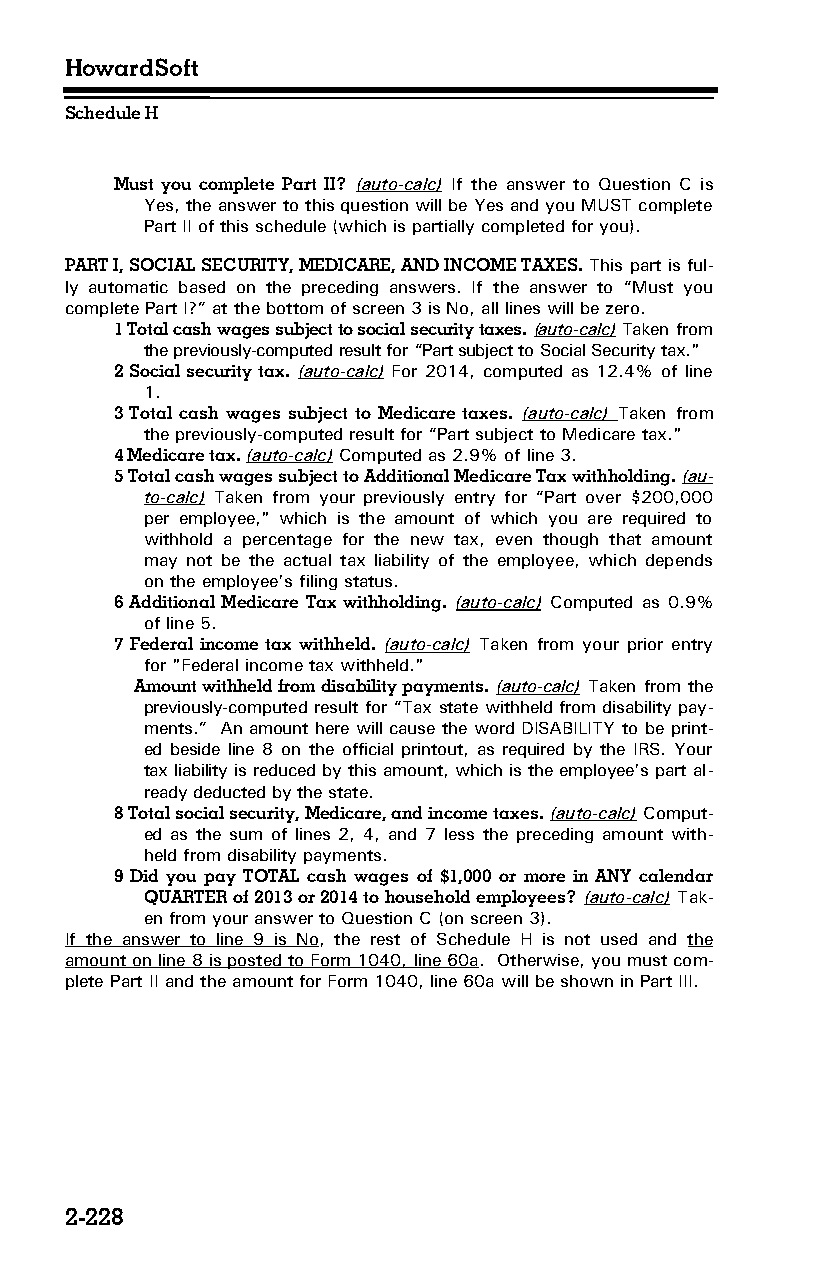
HowardSoft
 Schedule H
 Must you complete Part II? (auto-calc) If the answer to Question C is
 Yes, the answer to this question will be Yes and you MUST complete
 Part II of this schedule (which is partially completed for you).
 PART I, SOCIAL SECURITY, MEDICARE, AND INCOME TAXES. This part is ful­
 ly automatic based on the preceding answers. If the answer to “Must you
 complete Part I?” at the bottom of screen 3 is No, all lines will be zero.
 1 Total cash wages subject to social security taxes. (auto-calc) Taken from
 the previously-computed result for “Part subject to Social Security tax."
 2 Social security tax. (auto-calc) For 2014, computed as 12.4% of line
 1.
 3 Total cash wages subject to Medicare taxes. (auto-calc) Taken from
 the previously-computed result for “Part subject to Medicare tax."
 4 Medicare tax. (auto-calc) Computed as 2.9% of line 3.
 5 Total cash wages subject to Additional Medicare Tax withholding. (au­
 to-calc) Taken from your previously entry for “Part over $200,000
 per employee," which is the amount of which you are required to
 withhold a percentage for the new tax, even though that amount
 may not be the actual tax liability of the employee, which depends
 on the employee’s filing status.
 6 Additional Medicare Tax withholding. (auto-calc) Computed as 0.9%
 of line 5.
 7 Federal income tax withheld. (auto-calc) Taken from your prior entry
 for "Federal income tax withheld."
 Amount withheld from disability payments. (auto-calc) Taken from the
 previously-computed result for “Tax state withheld from disability pay­
 ments.” An amount here will cause the word DISABILITY to be print­
 ed beside line 8 on the official printout, as required by the IRS. Your
 tax liability is reduced by this amount, which is the employee’s part al­
 ready deducted by the state.
 8 Total social security, Medicare, and income taxes. (auto-calc) Comput­
 ed as the sum of lines 2, 4, and 7 less the preceding amount with­
 held from disability payments.
 9 Did you pay TOTAL cash wages of $1,000 or more in ANY calendar
 QUARTER of 2013 or 2014 to household employees? (auto-calc) Tak­
 en from your answer to Question C (on screen 3).
 If the answer to line 9 is No, the rest of Schedule H is not used and the
 amount on line 8 is posted to Form 1040, line 60a. Otherwise, you must com­
 plete Part II and the amount for Form 1040, line 60a will be shown in Part III.
 2-228